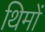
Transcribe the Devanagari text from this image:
थिमों